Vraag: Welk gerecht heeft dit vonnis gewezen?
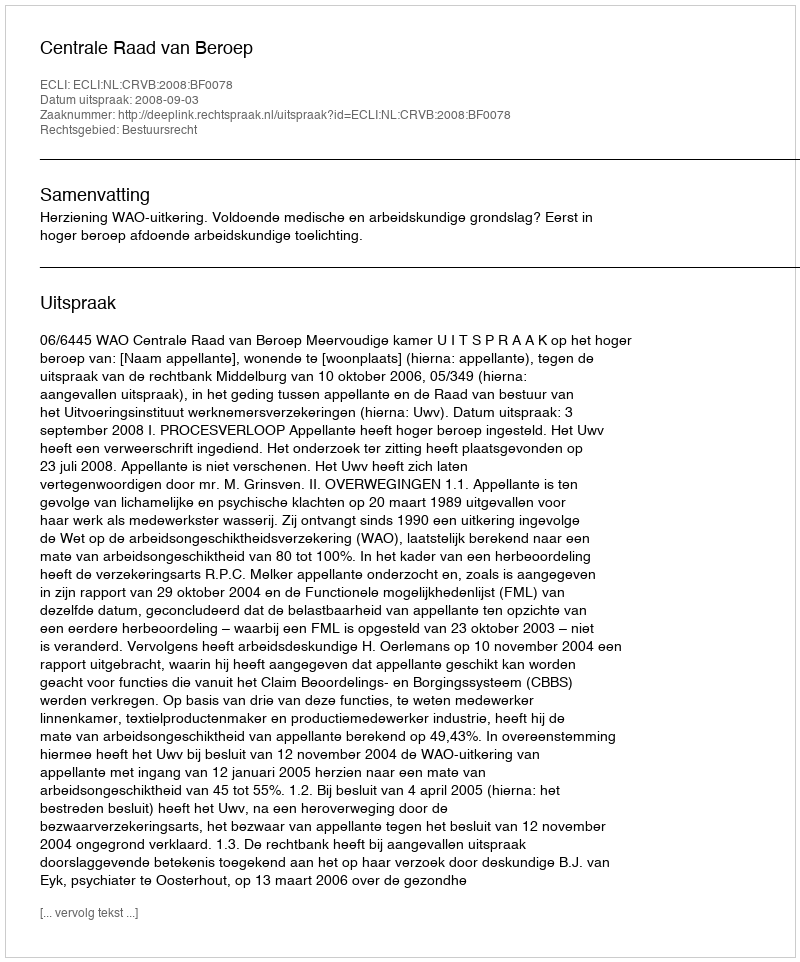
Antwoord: Centrale Raad van Beroep